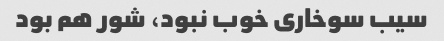
سیب سوخاری خوب نبود، شور هم بود